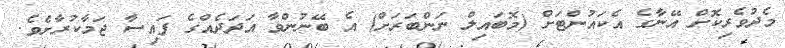
މެދުވެރިކޮށް އޭނާގެ އެކައުންޓަށް (މޮބައިލް ނަންބަރަށް) އެ ބޭނުންވާ އަދަދެއްގެ ފައިސާ ޖަމާކުރާށެވެ.